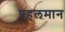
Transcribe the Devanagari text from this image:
पहलमान